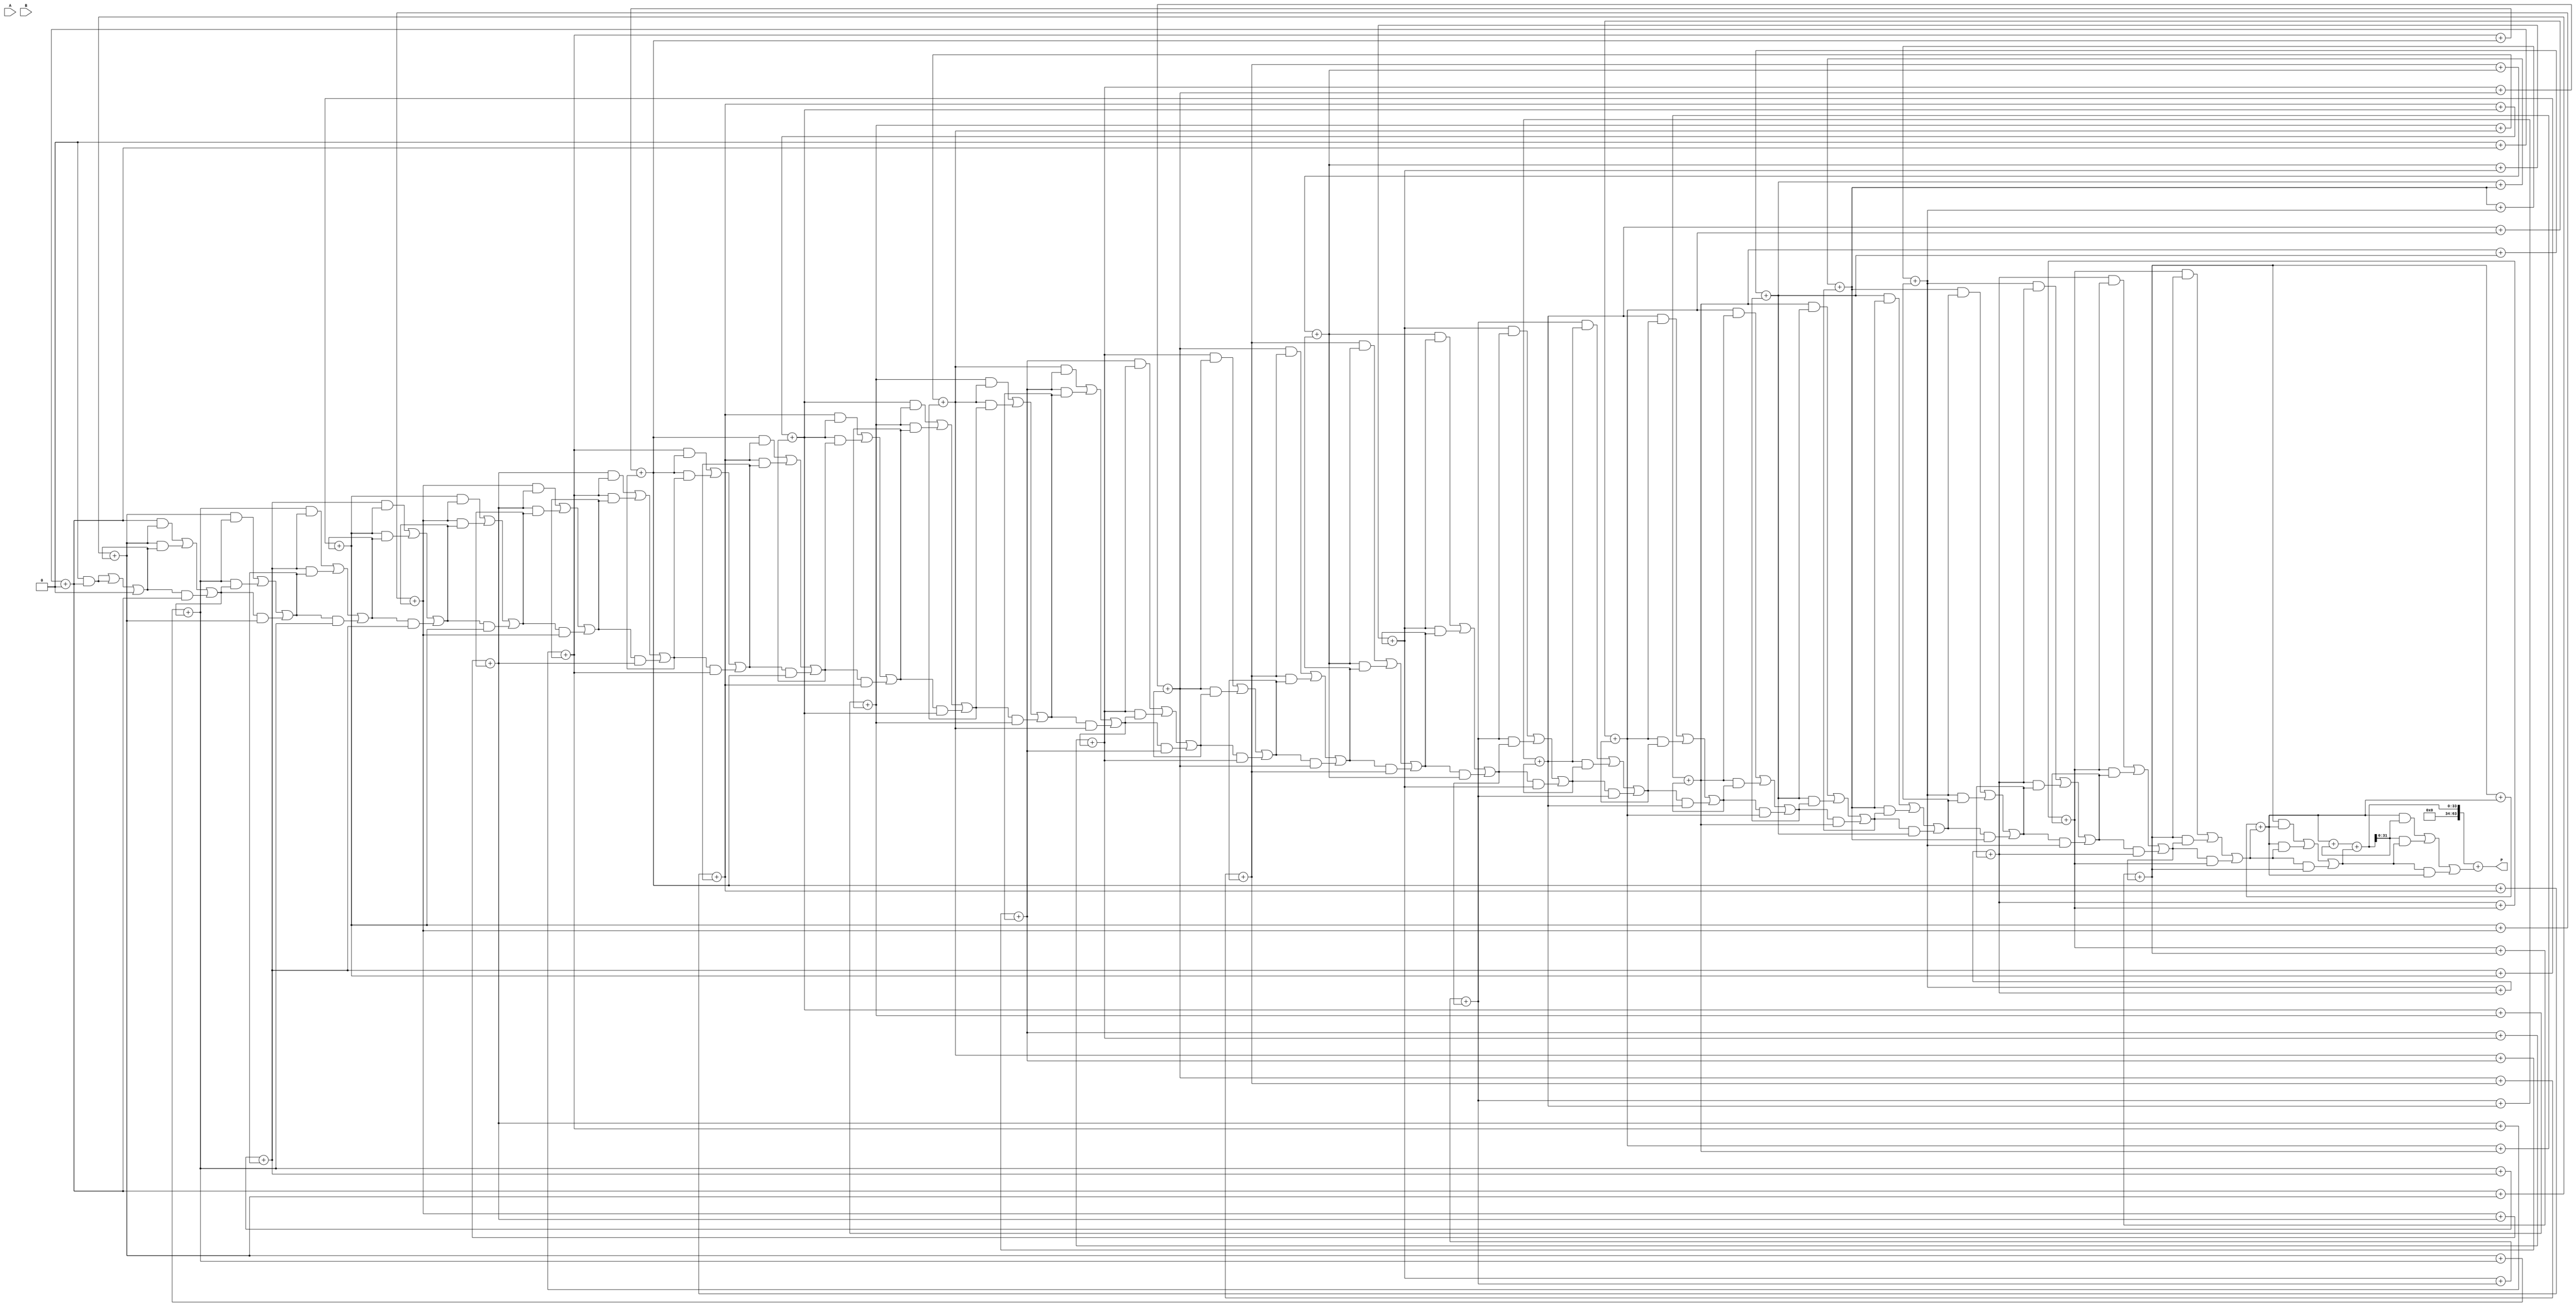
module wallace_tree_multiplier #(parameter WIDTH = 32) (
    input  wire [WIDTH-1:0] A,
    input  wire [WIDTH-1:0] B,
    output wire [2*WIDTH-1:0] P
);

    // Partial product generation
    wire [WIDTH-1:0] pp [WIDTH-1:0]; // Partial products
    genvar i, j;
    generate
        for (i = 0; i < WIDTH; i = i + 1) begin : pp_gen
            for (j = 0; j < WIDTH; j = j + 1) begin : pp_bit
                assign pp[i][j] = A[i] & B[j];
            end
        end
    endgenerate

    // Wallace tree reduction
    wire [WIDTH*2-1:0] sum [WIDTH-1:0]; // Sum wires
    wire [WIDTH-1:0] carry [WIDTH-1:0]; // Carry wires

    // Initialize the first row of the Wallace tree with partial products
    assign sum[0] = {pp[0], 1'b0}; // Add a zero for alignment
    generate
        for (i = 1; i < WIDTH; i = i + 1) begin : wallace_tree
            assign sum[i] = {pp[i], 1'b0}; // Align partial products
        end
    endgenerate

    // Wallace tree reduction logic
    genvar k;
    generate
        for (k = 0; k < WIDTH; k = k + 1) begin : reduction
            if (k == 0) begin
                assign {carry[k], sum[k]} = pp[k];
            end else begin
                // Use full adders and half adders to reduce the number of bits
                wire [WIDTH-1:0] a, b, c;
                assign a = sum[k-1][WIDTH-1:0];
                assign b = sum[k][WIDTH-1:0];
                assign c = carry[k-1];

                // Full adder logic
                assign sum[k] = a + b + c;
                assign carry[k] = (a & b) | (b & c) | (c & a);
            end
        end
    endgenerate

    // Final addition of the last two rows
    wire [2*WIDTH-1:0] final_sum;
    wire [2*WIDTH-1:0] final_carry;

    assign final_sum = sum[WIDTH-1] + carry[WIDTH-1];
    assign P = final_sum;

endmodule